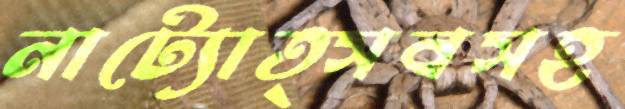
নাট্যোত্সবসহ